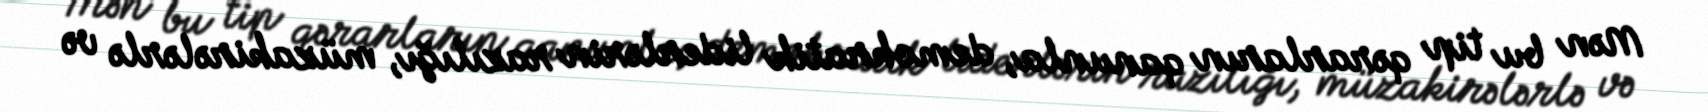
Mən bu tip qərarların qanunla, demokratik liderlərin razılığı, müzakirələrlə və